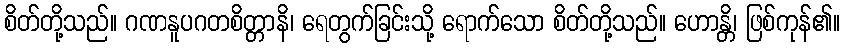
စိတ်တို့သည်။ ဂဏနူပဂတစိတ္တာနိ၊ ရေတွက်ခြင်းသို့ ရောက်သော စိတ်တို့သည်။ ဟောန္တိ၊ ဖြစ်ကုန်၏။